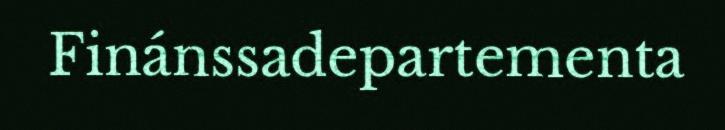
Finánssadepartementa